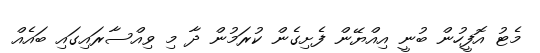
މެޓު އޮފީހުން ބުނީ އިއްޔޭން ފެށިގެން ކުރަމުން ދާ މި ވިއްސާރައިގައި ބައެއް